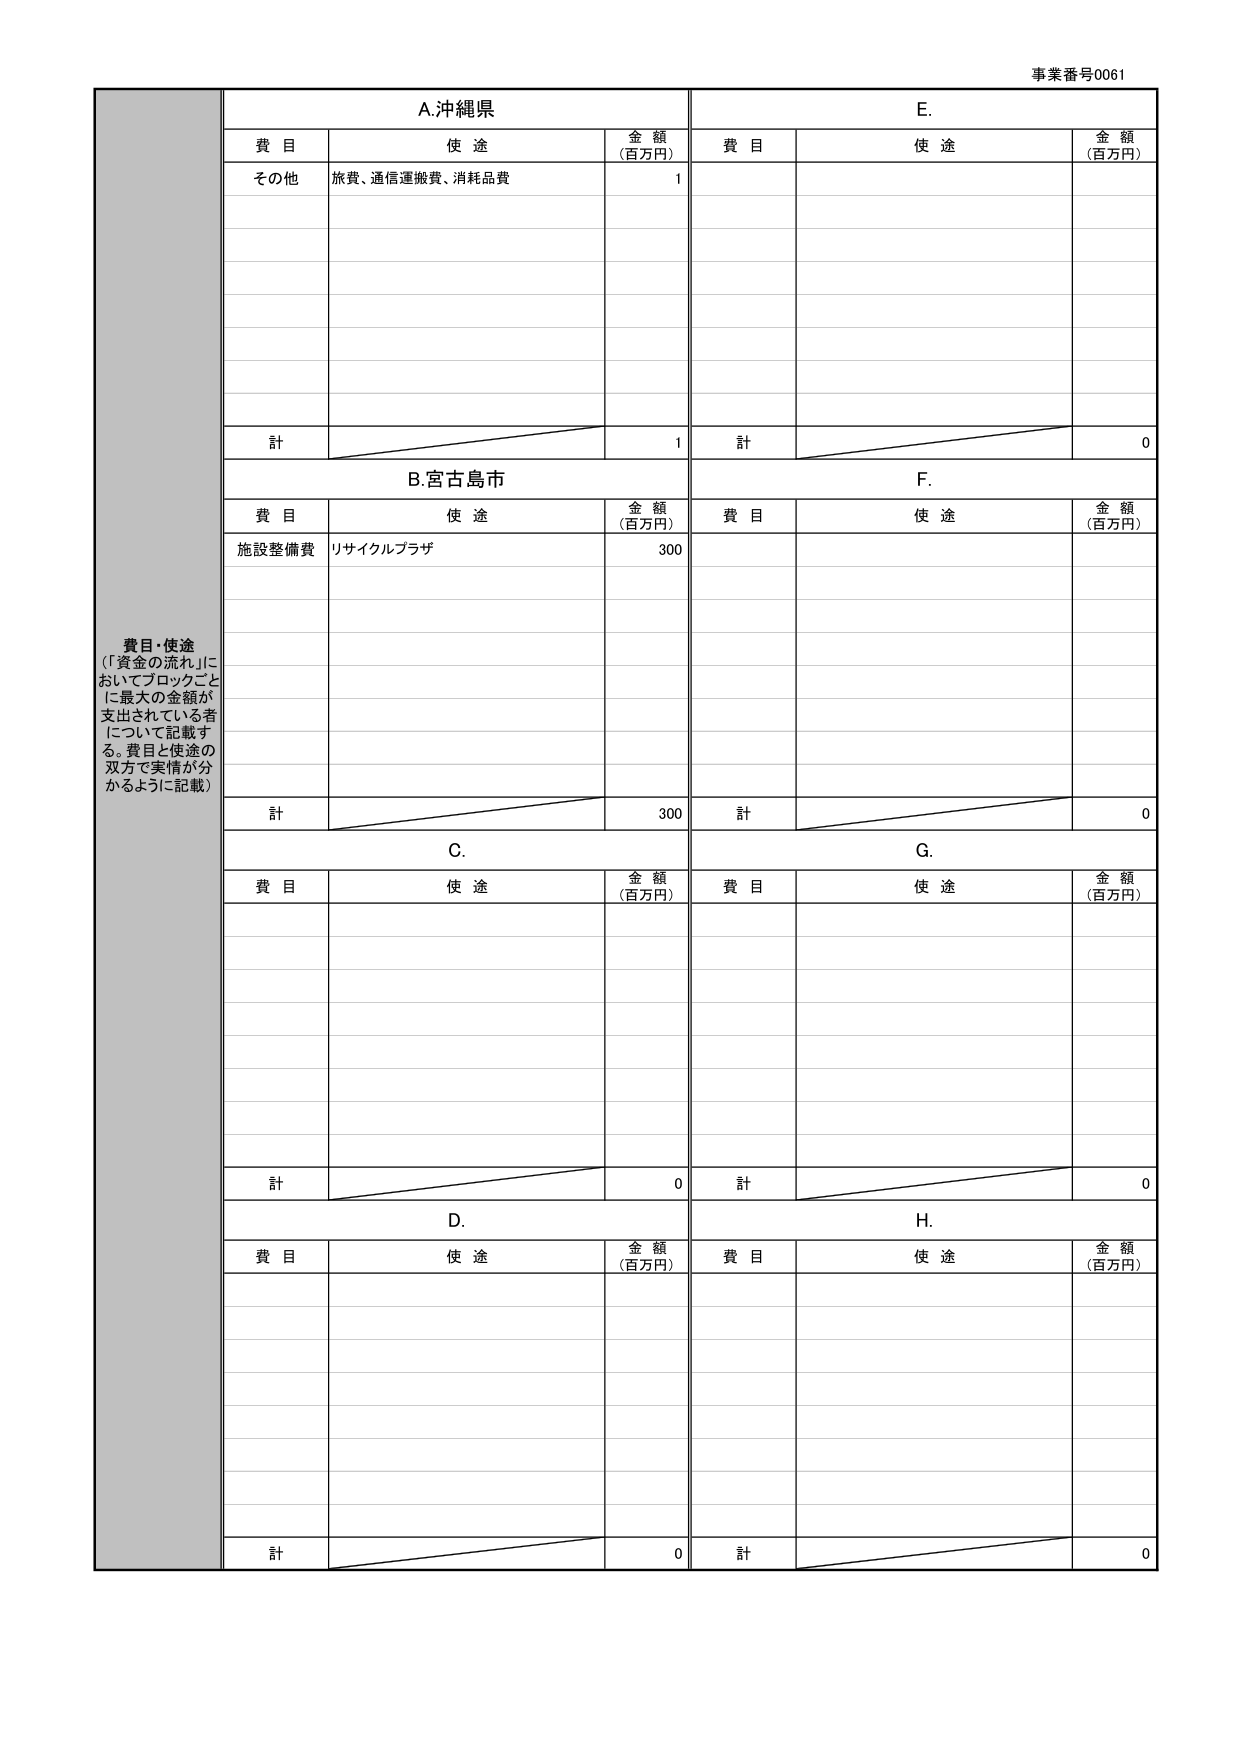
事業番号0061

A.沖縄県
費目 使途 金額（百万円）
その他 旅費、通信運搬費、消耗品費 1
計 1

E.
費目 使途 金額（百万円）
計 0

B.宮古島市
費目 使途 金額（百万円）
施設整備費 リサイクルプラザ 300
計 300

F.
費目 使途 金額（百万円）
計 0

C.
費目 使途 金額（百万円）
計 0

G.
費目 使途 金額（百万円）
計 0

D.
費目 使途 金額（百万円）
計 0

H.
費目 使途 金額（百万円）
計 0

費目・使途
（「資金の流れ」においてブロックごとに最大の金額が支出されている者について記載する。費目と使途の双方で実情が分かるように記載）